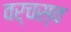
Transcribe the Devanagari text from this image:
वर्चस्‍व